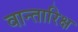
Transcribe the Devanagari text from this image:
वान्तारिक्ष